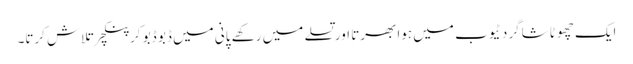
ایک چھوٹا شاگرد ٹیوب میں ہوا بھرتا اور تسلے میں رکھے پانی میں ڈبو ڈبو کر پنکچر تلاش کرتا۔